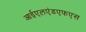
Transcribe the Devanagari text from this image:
आईएलएंडएफएस